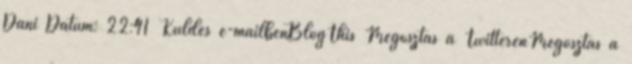
Dani Dátum: 22:41 Küldés e-mailbenBlogThis Megosztás a TwitterenMegosztás a